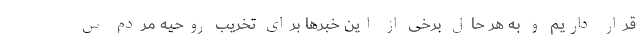
قرار داریم و به هر حال برخی از این خبر‌ها برای تخریب روحیه مردم س